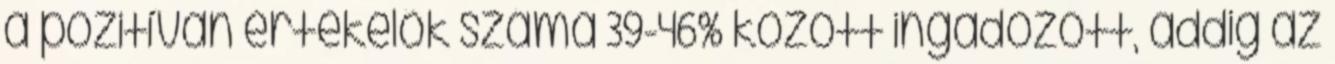
a pozitívan értékelők száma 39-46% között ingadozott, addig az